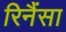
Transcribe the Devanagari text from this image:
रिनैंसा